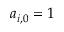
a _ { i , 0 } = 1